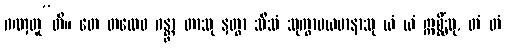
ဂဏှတူ”တိ။ တေ တထေဝ ဂန္တွာ တာသု နှတွာ သီသံ သုက္ခာပယမာနာသု ယံ ယံ ဣစ္ဆိံသု, တံ တံ